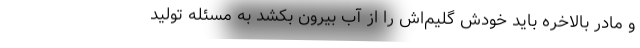
و مادر بالاخره باید خودش گلیم‌اش را از آب بیرون بکشد به مسئله تولید